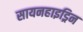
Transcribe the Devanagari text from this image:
सायनहाइड्रिन